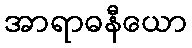
အာရာဓနီယော